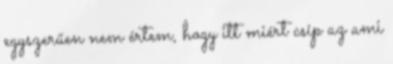
egyszerűen nem értem, hogy itt miért csíp az ami